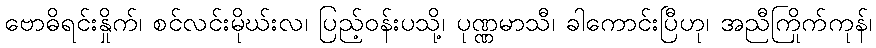
ဗောဓိရင်းနှိုက်၊ စင်လင်းမိုဃ်းလ၊ ပြည့်ဝန်းပသို့၊ ပုဏ္ဏမာသီ၊ ခါကောင်းပြီဟု၊ အညီကြိုက်ကုန်၊